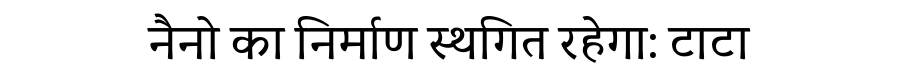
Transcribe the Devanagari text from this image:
नैनो का निर्माण स्थगित रहेगा: टाटा